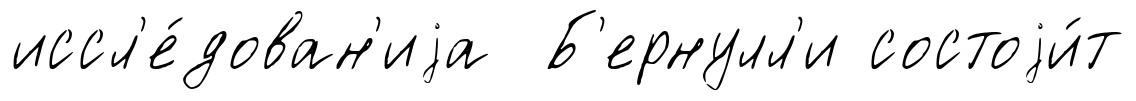
иссл'е́дован'иjа Б'ернулл'и состоjи́т